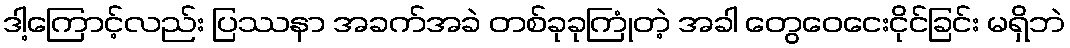
ဒါ့ကြောင့်လည်း ပြဿနာ အခက်အခဲ တစ်ခုခုကြုံတဲ့ အခါ တွေဝေငေးငိုင်ခြင်း မရှိဘဲ